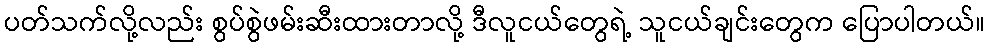
ပတ်သက်လို့လည်း စွပ်စွဲဖမ်းဆီးထားတာလို့ ဒီလူငယ်တွေရဲ့ သူငယ်ချင်းတွေက ပြောပါတယ်။